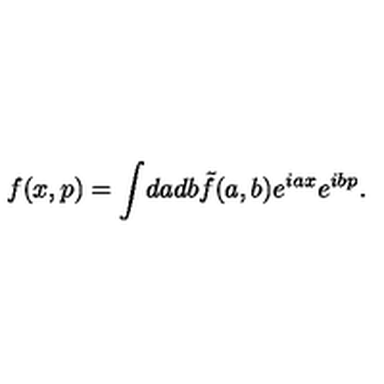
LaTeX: f ( x , p ) = \int \! d a d b \tilde { f } ( a , b ) e ^ { i a x } e ^ { i b p } .